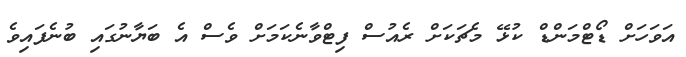
އަވަހަށް ޑޯޓްމަންޑް ކުޅޭ މެޗަކަށް ރެއުސް ފިޓްވާނެކަމަށް ވެސް އެ ބަޔާނުގައި ބުނެފައިވެ